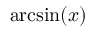
\arcsin ( x )